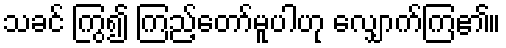
သခင် ကြွ၍ ကြည့်တော်မူပါဟု လျှောက်ကြ၏။